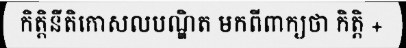
កិត្តិនីតិកោសលបណ្ឌិត មកពីពាក្យថា កិត្តិ +